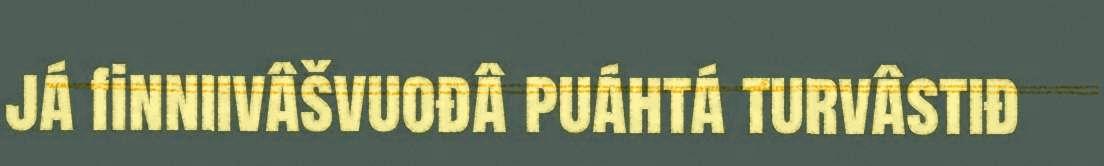
já finniivâšvuođâ puáhtá turvâstiđ